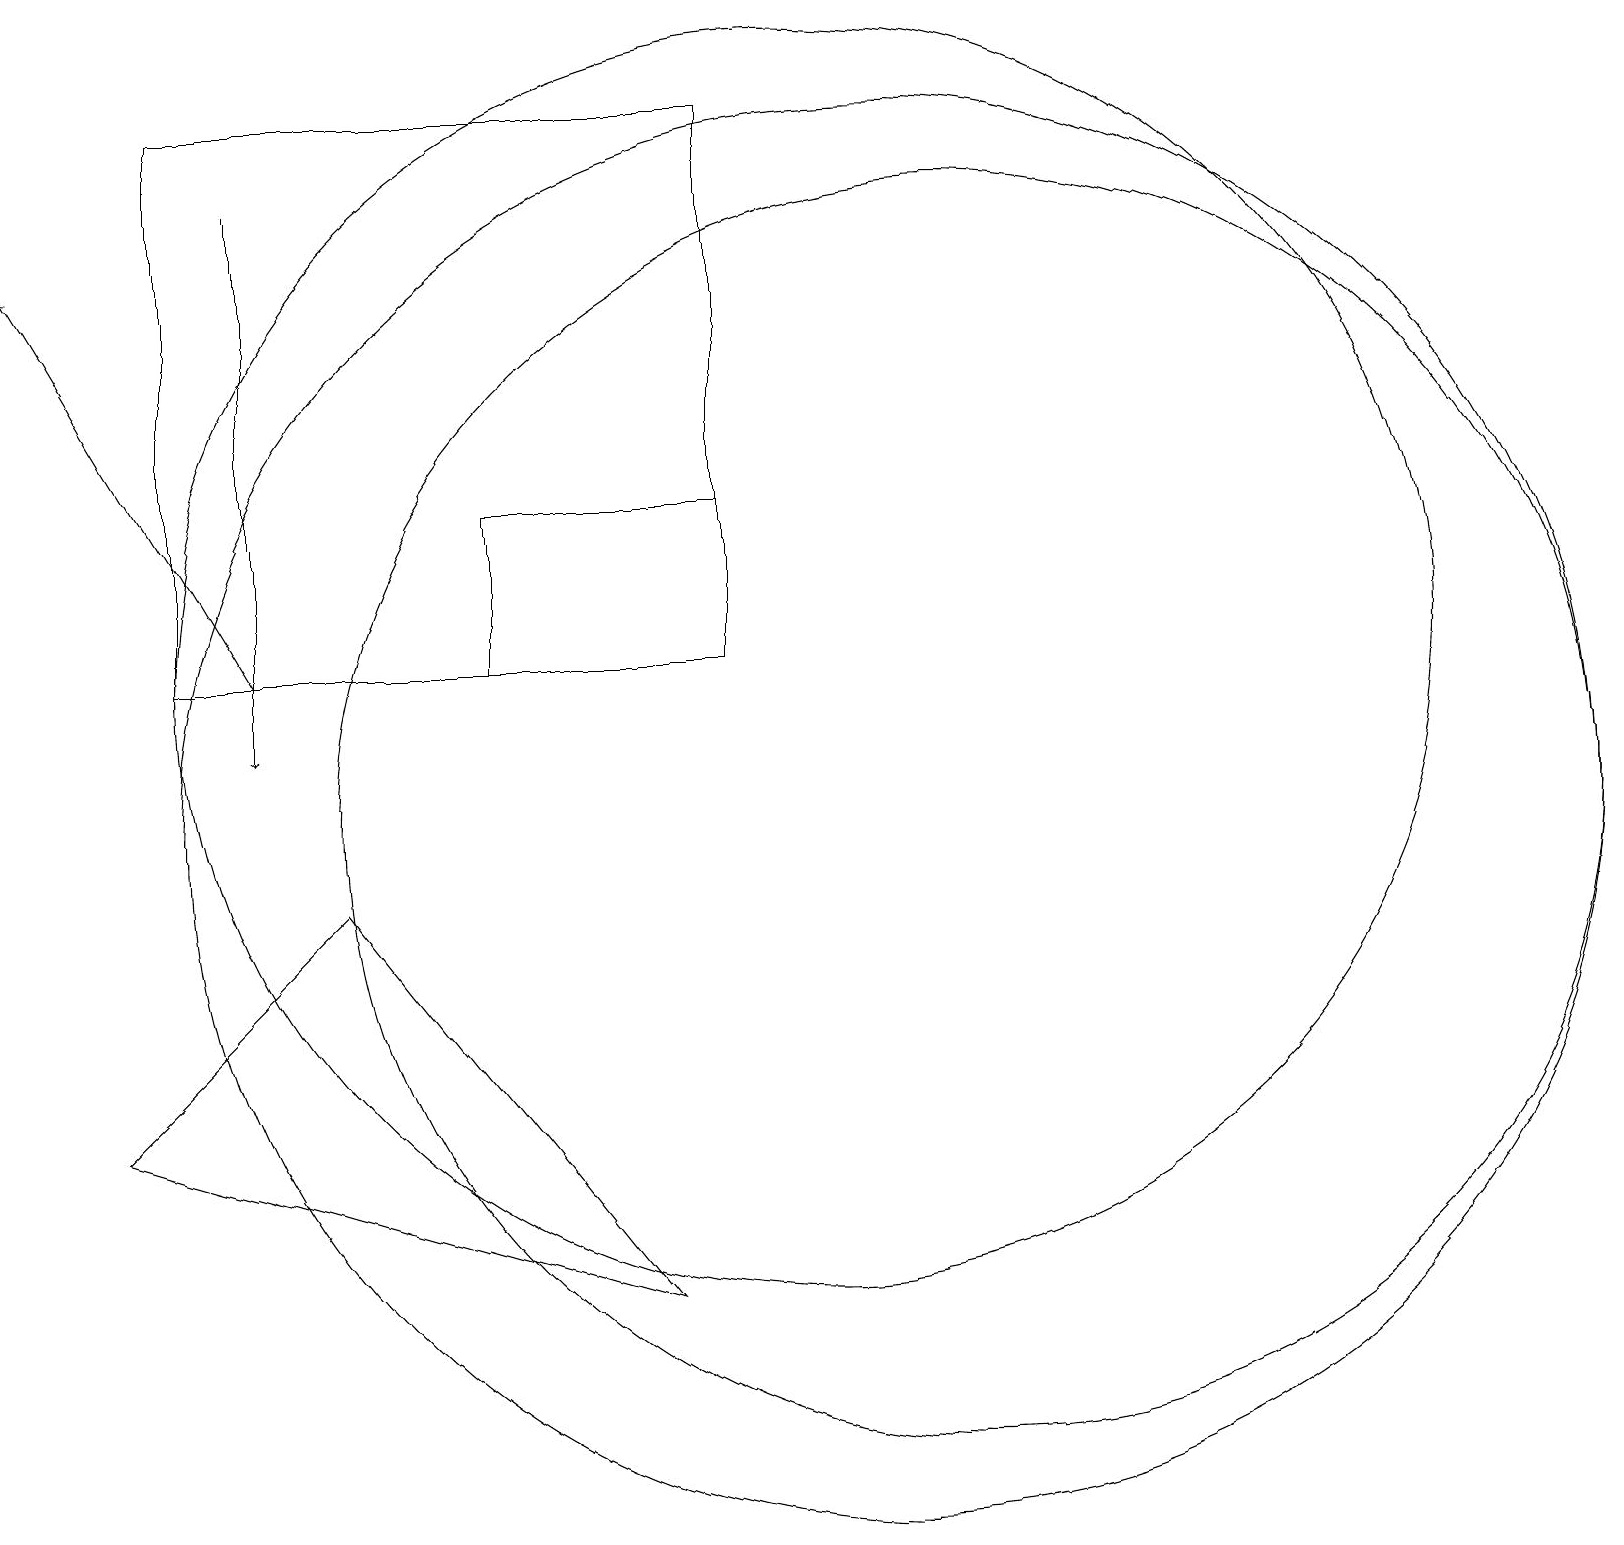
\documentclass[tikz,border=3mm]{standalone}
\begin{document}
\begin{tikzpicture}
\draw (10,12) circle (8);
\draw (12,10) circle (8);
\draw[->] (3,12) -- (0,17);
\draw (1,6) -- (4,9) -- (8,4) -- cycle;
\draw (9,14) rectangle (6,12);
\draw (11,10) circle (9);
\draw (9,12) rectangle (2,19);
\draw[->] (3,18) -- (3,11);
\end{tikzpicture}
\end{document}